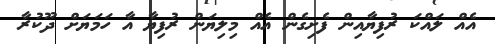
އެއް ލައްކަ ރުފިޔާއިން ފެށިގެން އެއް މިލިޔަން ރުފިޔާ އާ ހަމަޔަށް ދޫކުރާ